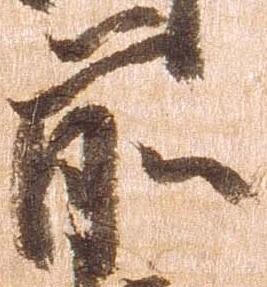
前